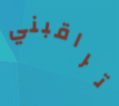
تراقبني